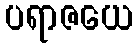
ပရာဇယေ